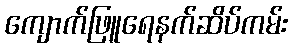
ကျောက်ဖြူရေနက်ဆိပ်ကမ်း